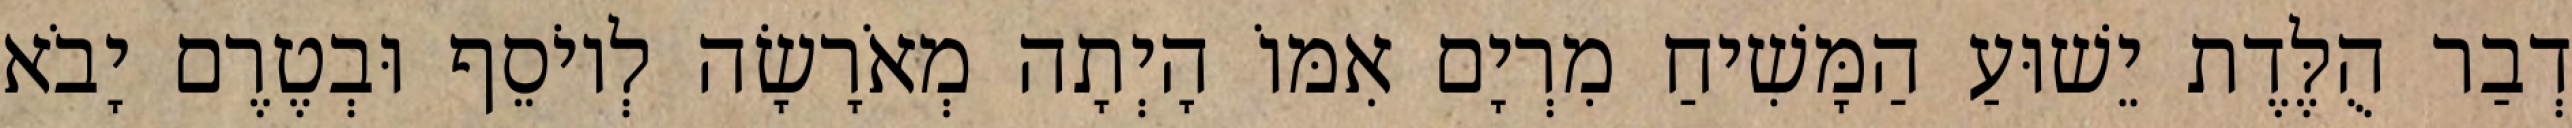
דְבַר הֻלֶּדֶת יֵשׁוּעַ הַמָּשִׁיחַ מִרְיָם אִמּוֹ הָיְתָה מְאֹרָשָׂה לְיוֹסֵף וּבְטֶרֶם יָבֹא